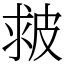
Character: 皳